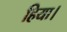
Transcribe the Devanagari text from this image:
हिया।